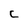
Character: c